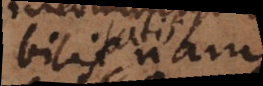
bilitatis, nam